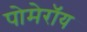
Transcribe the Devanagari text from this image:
पोमेरॉय